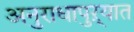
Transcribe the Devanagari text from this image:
अनुराधापुऱ्यात